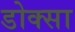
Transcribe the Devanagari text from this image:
डोक्सा